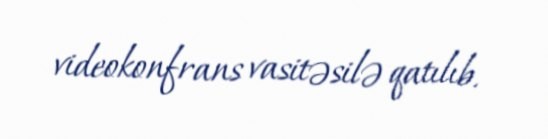
videokonfrans vasitəsilə qatılıb.